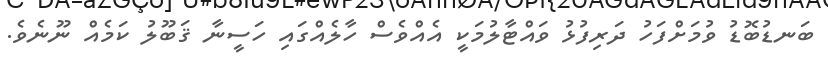
ބަނޑުބޮޑު ވުމަށްފަހު ދަރިފުޅު ވައްޓާލުމަކީ އެއްވެސް ހާލެއްގައި ހަސީނާ ޤަބޫލު ކަމެއް ނޫނެވެ.